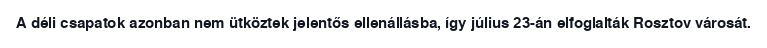
A déli csapatok azonban nem ütköztek jelentős ellenállásba, így július 23-án elfoglalták Rosztov városát.